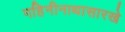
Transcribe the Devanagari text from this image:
गहिनीनाथासारखे